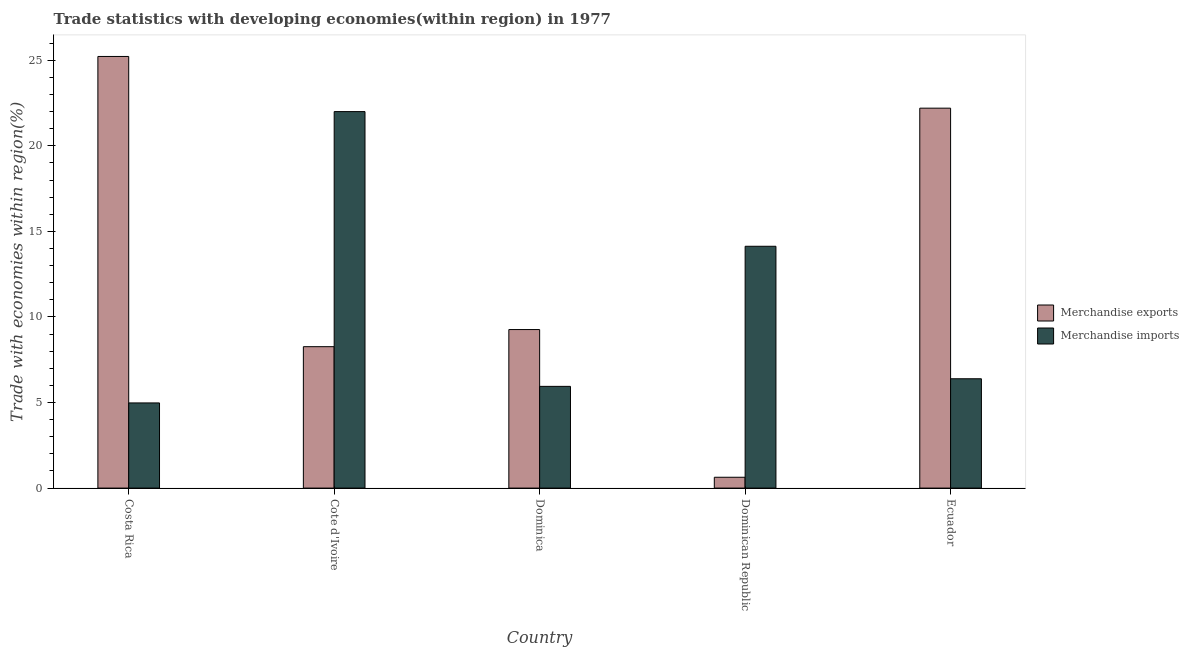
| Country | Merchandise exports | Merchandise imports |
 | --- | --- | --- |
 | Costa Rica | 25.2 | 4.98 |
 | Cote d'Ivoire | 8.26 | 22 |
 | Dominica | 9.26 | 5.95 |
 | Dominican Republic | 0.634 | 14.1 |
 | Ecuador | 22.2 | 6.39 |